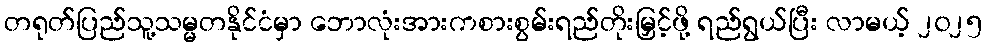
တရုတ်ပြည်သူ့သမ္မတနိုင်ငံမှာ ဘောလုံးအားကစားစွမ်းရည်တိုးမြှင့်ဖို့ ရည်ရွယ်ပြီး လာမယ့် ၂၀၂၅